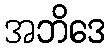
အဘိဒေ